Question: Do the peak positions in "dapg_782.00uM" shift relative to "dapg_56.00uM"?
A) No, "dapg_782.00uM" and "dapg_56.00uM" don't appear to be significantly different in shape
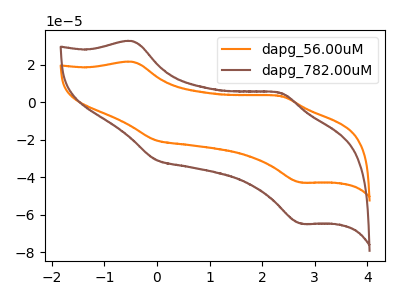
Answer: <think>The orange curve "dapg_56.00uM" has anodic peaks at (-0.45V, 21.45uA) (2.35V, 3.30uA) and cathodic peaks at (0.00V, -20.30uA) (2.75V, -42.80uA). The brown curve "dapg_782.00uM" has anodic peaks at (-0.45V, 32.40uA) (2.35V, 5.00uA) and cathodic peaks at (0.00V, -30.65uA) (2.75V, -64.70uA).
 All the peaks in "dapg_782.00uM" have a peak in "dapg_56.00uM" at the same potential. Every peak in "dapg_782.00uM" is higher than every peak in "dapg_56.00uM".</think>
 <answer>A) No, "dapg_782.00uM" and "dapg_56.00uM" don't appear to be significantly different in shape</answer>
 <eval>A</eval>